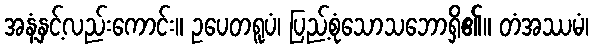
အနံ့နှင့်လည်းကောင်း။ ဥပေတရူပံ၊ ပြည့်စုံသောသဘောရှိ၏။ တံအဿမံ၊